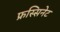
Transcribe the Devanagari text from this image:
फ्रस्सिनेट